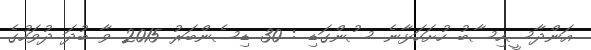
އަންދާސީހިސާބު ހުށަހަޅާނެ ސުންގަޑި : 30 ޑިސެންބަރު 2015 ވާ ބުދަ ދުވަހުގެ